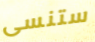
ستنسى